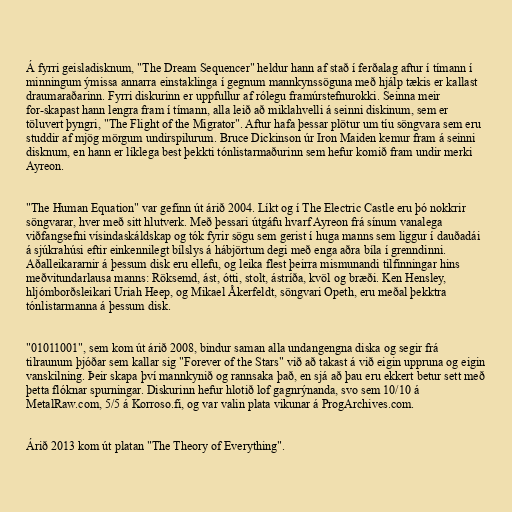
Á fyrri geisladisknum, "The Dream Sequencer" heldur hann af stað í ferðalag aftur í tímann í
minningum ýmissa annarra einstaklinga í gegnum mannkynssöguna með hjálp tækis er kallast
draumaraðarinn. Fyrri diskurinn er uppfullur af rólegu framúrstefnurokki. Seinna meir
for-skapast hann lengra fram í tímann, alla leið að miklahvelli á seinni diskinum, sem er
töluvert þyngri, "The Flight of the Migrator". Aftur hafa þessar plötur um tíu söngvara sem eru
studdir af mjög mörgum undirspilurum. Bruce Dickinson úr Iron Maiden kemur fram á seinni
disknum, en hann er líklega best þekkti tónlistarmaðurinn sem hefur komið fram undir merki
Ayreon.

"The Human Equation" var gefinn út árið 2004. Líkt og í The Electric Castle eru þó nokkrir
söngvarar, hver með sitt hlutverk. Með þessari útgáfu hvarf Ayreon frá sínum vanalega
viðfangsefni vísindaskáldskap og tók fyrir sögu sem gerist í huga manns sem liggur í dauðadái
á sjúkrahúsi eftir einkennilegt bílslys á hábjörtum degi með enga aðra bíla í grenndinni.
Aðalleikararnir á þessum disk eru ellefu, og leika flest þeirra mismunandi tilfinningar hins
meðvitundarlausa manns: Röksemd, ást, ótti, stolt, ástríða, kvöl og bræði. Ken Hensley,
hljómborðsleikari Uriah Heep, og Mikael Åkerfeldt, söngvari Opeth, eru meðal þekktra
tónlistarmanna á þessum disk.

"01011001", sem kom út árið 2008, bindur saman alla undangengna diska og segir frá
tilraunum þjóðar sem kallar sig "Forever of the Stars" við að takast á við eigin uppruna og eigin
vanskilning. Þeir skapa því mannkynið og rannsaka það, en sjá að þau eru ekkert betur sett með
þetta flóknar spurningar. Diskurinn hefur hlotið lof gagnrýnanda, svo sem 10/10 á
MetalRaw.com, 5/5 á Korroso.fi, og var valin plata vikunar á ProgArchives.com.

Árið 2013 kom út platan "The Theory of Everything".